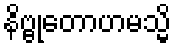
နိဗ္ဗုတောဟမသ္မိ